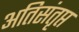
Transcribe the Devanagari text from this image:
अतिसंतृप्त